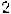
2